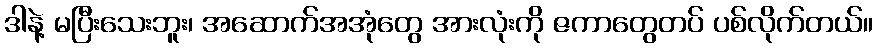
ဒါနဲ့ မပြီးသေးဘူး၊ အဆောက်အအုံတွေ အားလုံးကို ဇကာတွေတပ် ပစ်လိုက်တယ်။